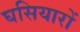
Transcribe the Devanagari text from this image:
घसियारों